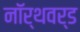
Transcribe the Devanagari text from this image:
नॉर्थवर्ड